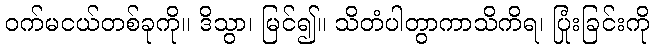
ဝက်မငယ်တစ်ခုကို။ ဒိသွာ၊ မြင်၍။ သိတံပါတွာကာသိကိရ၊ ပြုံးခြင်းကို